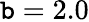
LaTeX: \mathtt{b}=2.0